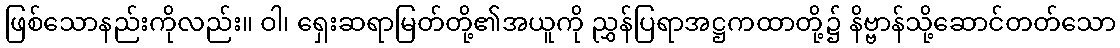
ဖြစ်သောနည်းကိုလည်း။ ဝါ၊ ရှေးဆရာမြတ်တို့၏အယူကို ညွှန်ပြရာအဋ္ဌကထာတို့၌ နိဗ္ဗာန်သို့ဆောင်တတ်သော